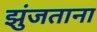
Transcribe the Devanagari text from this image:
झुंजताना